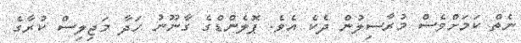
ނެތް ކަމަށްވެސް މުރާސިލުން ދެކެ އެވެ. ޕޮލެންޑްގެ ގާނޫނު ހަދާ މަޖިލިސް ކުރާގެ